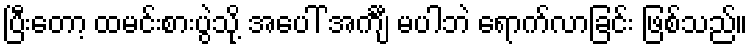
ပြီးတော့ ထမင်းစားပွဲသို့ အပေါ် အင်္ကျီ မပါဘဲ ရောက်လာခြင်း ဖြစ်သည်။